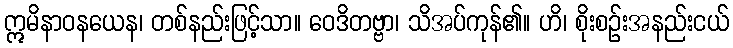
ဣမိနာဝနယေန၊ တစ်နည်းဖြင့်သာ။ ဝေဒိတဗ္ဗာ၊ သိအပ်ကုန်၏။ ဟိ၊ စိုးစဉ်းအနည်းငယ်